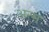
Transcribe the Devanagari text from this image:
अन्स